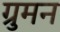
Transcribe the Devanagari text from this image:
ग्रुमन